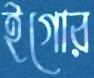
ইগোর